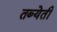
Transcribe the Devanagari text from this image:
तब्येती